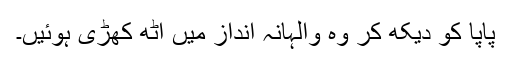
پاپا کو دیکھ کر وہ والہانہ انداز میں اٹھ کھڑی ہوئیں۔